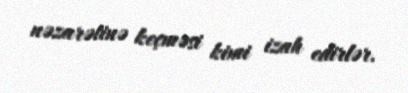
nəzarətinə keçməsi kimi izah edirlər.